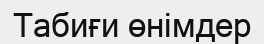
Табиғи өнімдер